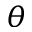
\theta